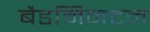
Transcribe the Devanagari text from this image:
बैडमिनटन